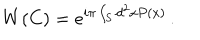
LaTeX: W ( C ) = e ^ { i \pi \int _ { S } d ^ { 2 } x P ( x ) } \, .